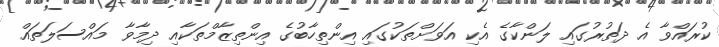
ކުރައްވާ އެ ދަތުރުގައި ލަންކާގެ އެކި އަވަށްތަކުގައި އިންތިހާބުގެ އިންތިޒާމްތަކާއި ދިމާވާ މައްސަލަތައް